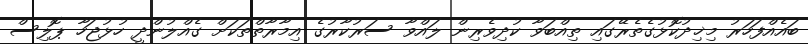
ބައެއްފަހަރު މިޚިދުކޮޅުގެތެރޭގައި ތިއްބަވާ ކުދިވެރިން ލައްވާ ސަރުކާރުގެ އިމާރާތްތަކަށް ގެއްލުންދީ ހުޅުޖަހާ ޕޮލިސް